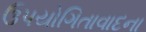
ઉપયોગિતાવાદના